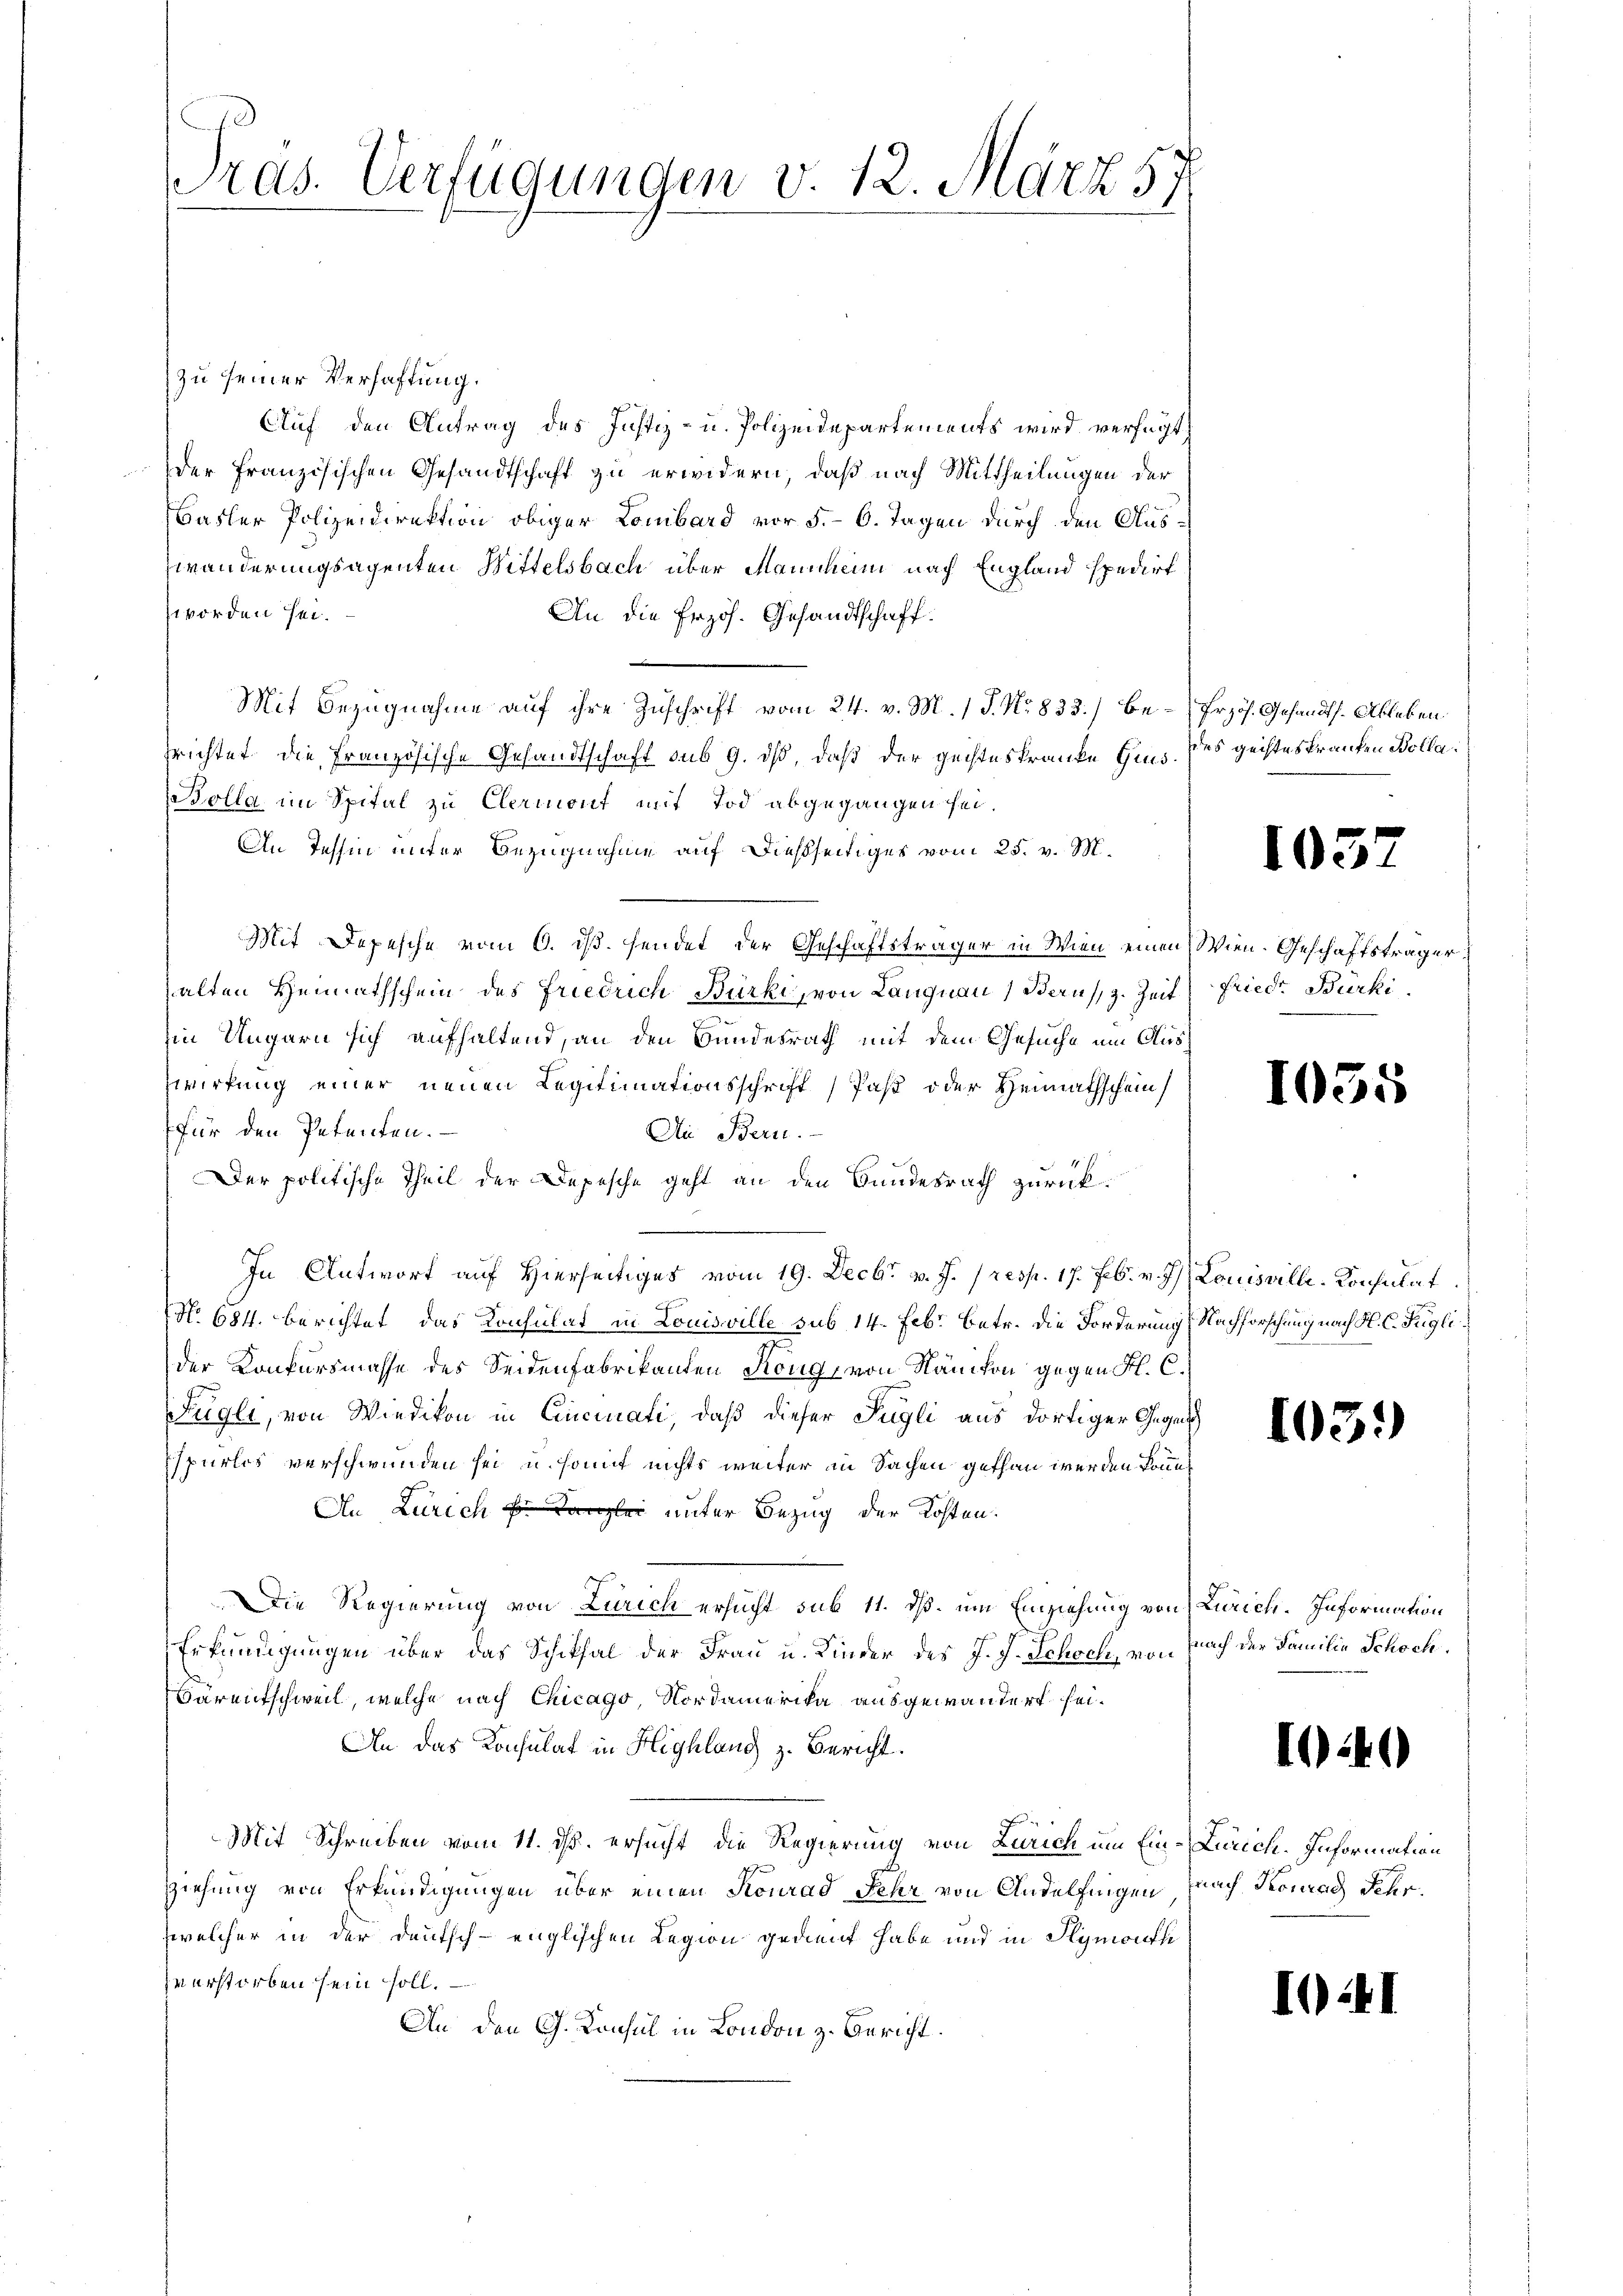
Pras. Verfügungen v. 12. März 57

zu seiner Verhaftung.
Auf den Antrag des Justiz- u. Polizeidepartements wird verfügt,
Der französischen Gesandtschaft zu erwidern, daß nach Mittheilungen der
Basler Polizeidirektion obiger Lombard vor 5.- 6. Tagen durch den Auszwänderungsagenten Wittelsbach über Mannhein nach England spedirt
worden sei.
An die Erzöh. Gesandtschaft.
Mit Bezugnahme auf ihre Zuschrift vom 24. v. M. 1 S. Nr. 833.) besrichtet die Französische Gesandtschaft sub 9. dß, daß der geisteskranke Gins. des geisteskranken Bolla¬
Bolla im Spital zu Clermont mit Tod abgegangen sei.
An Tessin unter Bezugnahme auf dießseitiger vom 25. v. M.
Mit Depesche vom 6. ds. sendet der Geschäftsträger in Wien, einen Wien. Geschäftsträger
halten Heimathschein des Friedrich Bürki, von Langnau, Berns, z. Zeit
in Ungarn sich aufhaltend, an den Bundesrath mit dem Gesuche um Auszwirkung einer neuen Legitimationsschrift) Paß oder Heimathschein
für den Petenten.
An Bern.
Der politische Theil der Depesche geht an den Bundesrath zurück¬
In Antwort auf Hierseitiges vom 19. Decbr v. J. (resp. 17. Feb. v. J.
NNo. 684. berichtet, das Konsulat in Louisville sub 14. Febr. Betr. die Forderung Nachforschung nach H. C. Füglider Konkursmasse des Seidenfabrikanten Köng von Nänikon gegen Fl. C.
Fügli, von Wiedikon in Cincinati, daß dieser Fügli aus dortiger Gegen
spurlos verschwunden sei u. somit nichts weiter in Sachen gethan werden könnt
In Zürich Kanzlei unter Bezug der Kosten.
Die Regierung von Zürich ersucht sub 11. ds. um Einziehung von Zürich. Information
Erkundigungen über das Schiksal der Frau u. Kinder des J. J. Schoch, von Nach der Familie Schock.
Barentschweil, welche nach Chicago, Nordamerika ausgewandert sei.
An das Konsulat in Highlang z. Bericht.
Mit Schreiben vom 11. ds. ersucht, die Regierung von Zürich um Ein-Zürich. Information
ziehung von Erkundigungen über einen Konrad Fehr von Andelfingen nach Terrad Fehrwelcher in der Deutsch-englischen Legion gedient habe und in Plymouthe
zverstorben sein soll.
An den G. Konsul in London z. Bericht.

Erzös. Gesandts. Ableben.

10.

Frieder Burki

10.

Louisville-Konsulat

1

I

1

5

¬